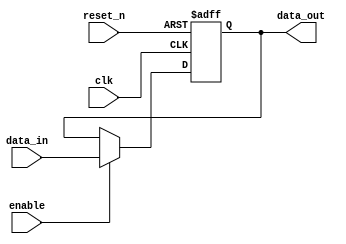
module ParameterizedRegister #(
    parameter WIDTH = 8  // Parameterized width of the register
) (
    input wire clk,          // Clock input
    input wire reset_n,     // Active-low asynchronous reset
    input wire enable,       // Enable signal
    input wire [WIDTH-1:0] data_in, // Data input
    output reg [WIDTH-1:0] data_out    // Data output
);

    // Asynchronous reset condition
    always @ (posedge clk or negedge reset_n) begin
        if (!reset_n) begin
            data_out <= {WIDTH{1'b0}};  // Reset the register to zero
        end else if (enable) begin
            data_out <= data_in;  // Load the new data on clock edge if enabled
        end
    end

endmodule